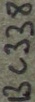
Text: BC338